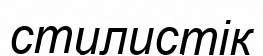
стилистік